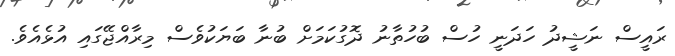
ރައީސް ނަޝީދު ހަދަނީ ހުސް ބުހުތާނު ދޮގުކަމަށް ބުނާ ބަޔަކުވެސް މިރާއްޖޭގައި އުޅެއެވެ.